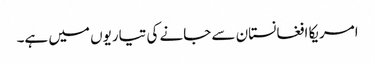
امریکا افغانستان سے جانے کی تیاریوں میں ہے۔